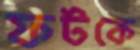
ফটকে